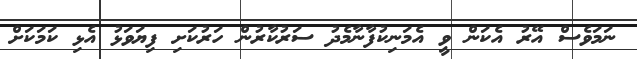
ނަމަވެސް އޭރު އެކަން ވީ އެމަނިކުފާނާމެދު ސަރުކާރުން ހަރުކަށި ފިޔަވަޅު އެޅި ކަމަކަށް